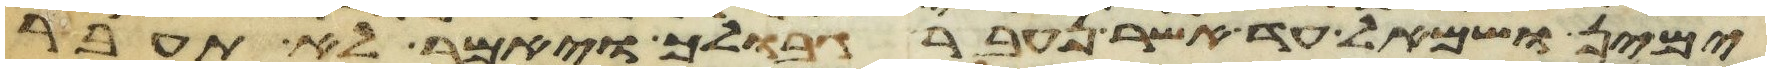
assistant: ימין ושמאל עד אשר נעבר גבולך ויאמר לא תעבר